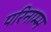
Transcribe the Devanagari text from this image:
परिनाम्म